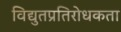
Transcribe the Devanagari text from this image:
विद्युतप्रतिरोधकता